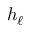
h _ { \ell }